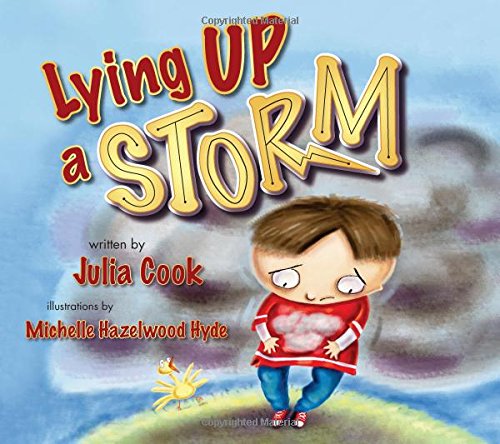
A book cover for Lying Up a Storm; Julia Cook; Education & Teaching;